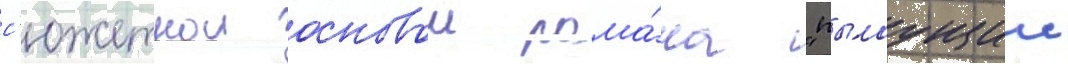
с'южетнои основои рома́на "пылаущии